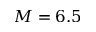
M = 6 . 5